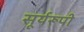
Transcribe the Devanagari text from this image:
सूर्यरूपी